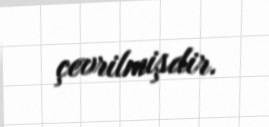
çevrilmişdir.